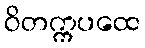
ဝိတက္ကပထေ